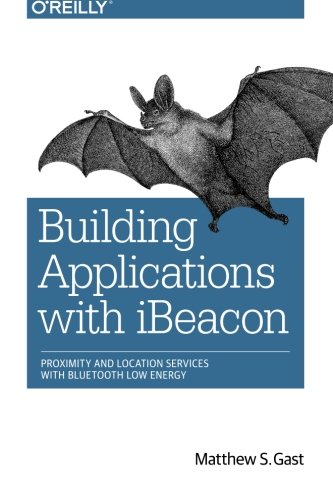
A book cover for Building Applications with iBeacon: Proximity and Location Services with Bluetooth Low Energy; Matthew S. Gast; Computers & Technology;